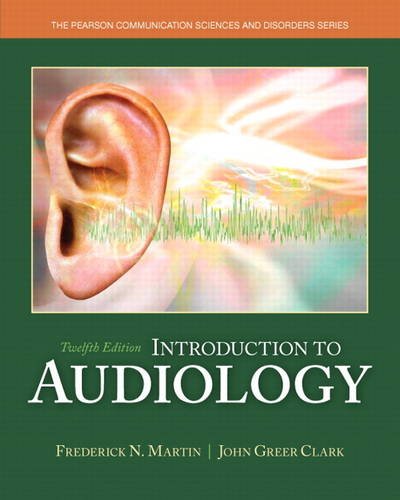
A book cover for Introduction to Audiology (12th Edition) (Pearson Communication Sciences and Disorders); Frederick N. Martin; Medical Books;